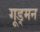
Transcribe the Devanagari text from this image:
गूड्मन